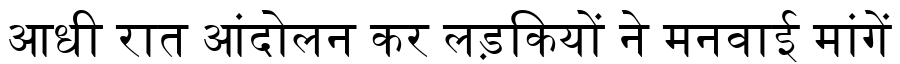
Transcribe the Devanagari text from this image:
आधी रात आंदोलन कर लड़कियों ने मनवाई मांगें